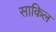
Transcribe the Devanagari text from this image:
साकिल